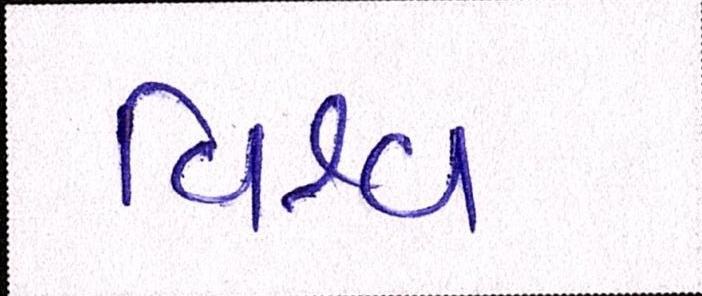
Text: વિશ્વ